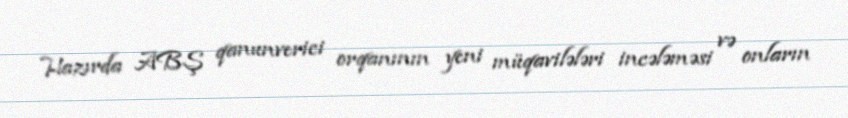
Hazırda ABŞ qanunverici orqanının yeni müqavilələri incələməsi və onların